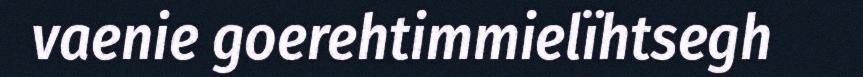
vaenie goerehtimmielïhtsegh